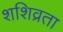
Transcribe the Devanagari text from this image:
शशिव्रता